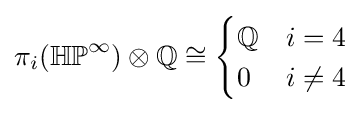
\pi _{i}(\mathbb {HP} ^{\infty })\otimes \mathbb {Q} \cong {\begin{cases}\mathbb {Q} &i=4\\0&i\neq 4\end{cases}}